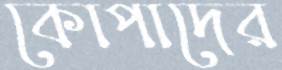
কোপাদের